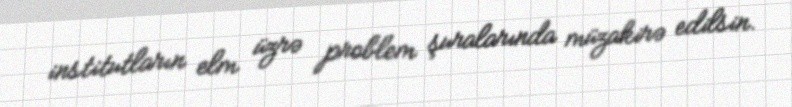
institutların elm üzrə problem şuralarında müzakirə edilsin.